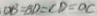
O B = B D = C D = O C